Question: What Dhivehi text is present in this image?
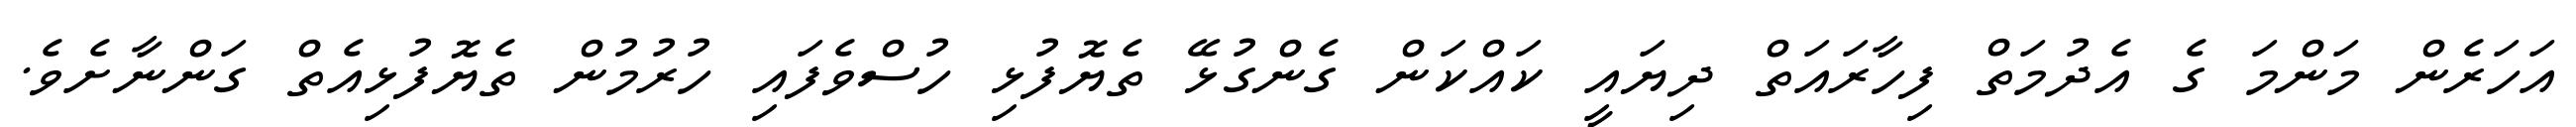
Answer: އަހަރެން މަންމަ ގެ އެދުމަތް ފިހާރައަތް ދިޔައީ ކައްކަން ގެންގުޅޭ ތެޔޮފުޅި ހުސްވެފައި ހުރުމުން ތެޔޮފުޅިއެތް ގަންނާށެވެ.